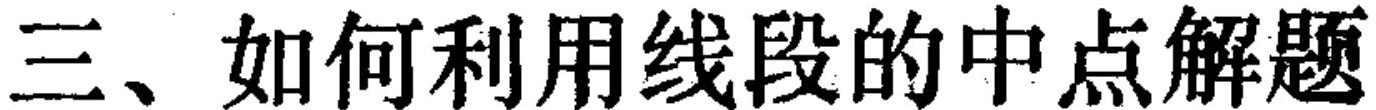
三、如何利用线段的中点解题